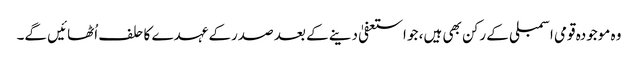
وہ موجودہ قومی اسمبلی کے رکن بھی ہیں، جو استعفیٰ دینے کے بعد صدرکے عہدے کا حلف اُٹھائیں گے۔